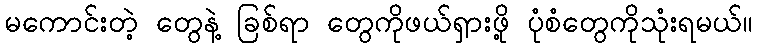
မကောင်းတဲ့ တွေနဲ့ ခြစ်ရာ တွေကိုဖယ်ရှားဖို့ ပုံစံတွေကိုသုံးရမယ်။